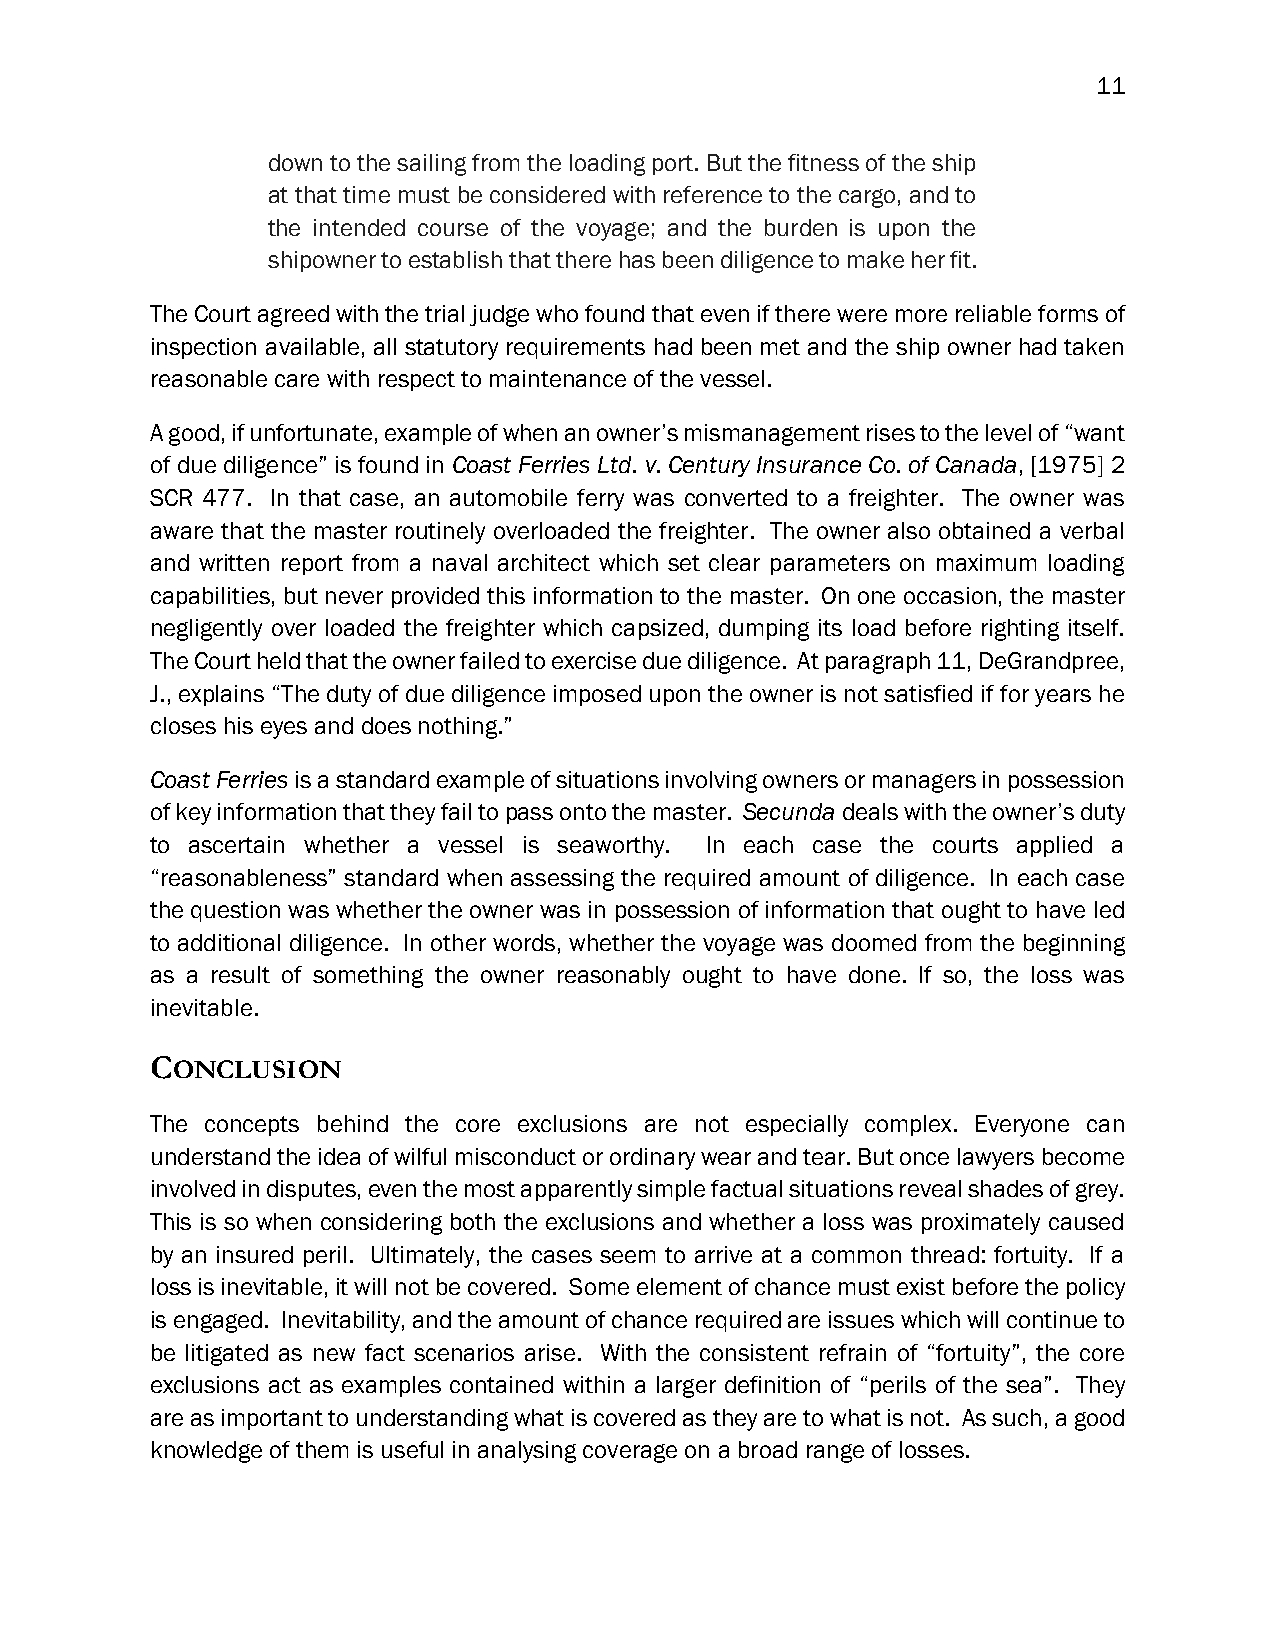
11
 down to the sailing from the loading port. But the fitness of the ship
 at that time must be considered with reference to the cargo, and to
 the intended course of the voyage; and the burden is upon the
 shipowner to establish that there has been diligence to make her fit.
 The Court agreed with the trial judge who found that even if there were more reliable forms of
 inspection available, all statutory requirements had been met and the ship owner had taken
 reasonable care with respect to maintenance of the vessel.
 A good, if unfortunate, example of when an owner’s mismanagement rises to the level of “want
 of due diligence” is found in Coast Ferries Ltd. v. Century Insurance Co. of Canada, [1975] 2
 SCR 477. In that case, an automobile ferry was converted to a freighter. The owner was
 aware that the master routinely overloaded the freighter. The owner also obtained a verbal
 and written report from a naval architect which set clear parameters on maximum loading
 capabilities, but never provided this information to the master. On one occasion, the master
 negligently over loaded the freighter which capsized, dumping its load before righting itself.
 The Court held that the owner failed to exercise due diligence. At paragraph 11, DeGrandpree,
 J., explains “The duty of due diligence imposed upon the owner is not satisfied if for years he
 closes his eyes and does nothing.”
 Coast Ferries is a standard example of situations involving owners or managers in possession
 of key information that they fail to pass onto the master. Secunda deals with the owner’s duty
 to ascertain whether a vessel is seaworthy. In each case the courts applied a
 “reasonableness” standard when assessing the required amount of diligence. In each case
 the question was whether the owner was in possession of information that ought to have led
 to additional diligence. In other words, whether the voyage was doomed from the beginning
 as a result of something the owner reasonably ought to have done. If so, the loss was
 inevitable.
 CONCLUSION
 The concepts behind the core exclusions are not especially complex. Everyone can
 understand the idea of wilful misconduct or ordinary wear and tear. But once lawyers become
 involved in disputes, even the most apparently simple factual situations reveal shades of grey.
 This is so when considering both the exclusions and whether a loss was proximately caused
 by an insured peril. Ultimately, the cases seem to arrive at a common thread: fortuity. If a
 loss is inevitable, it will not be covered. Some element of chance must exist before the policy
 is engaged. Inevitability, and the amount of chance required are issues which will continue to
 be litigated as new fact scenarios arise. With the consistent refrain of “fortuity”, the core
 exclusions act as examples contained within a larger definition of “perils of the sea”. They
 are as important to understanding what is covered as they are to what is not. As such, a good
 knowledge of them is useful in analysing coverage on a broad range of losses.